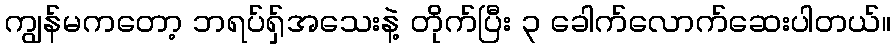
ကျွန်မကတော့ ဘရပ်ရှ်အသေးနဲ့ တိုက်ပြီး ၃ ခေါက်လောက်ဆေးပါတယ်။